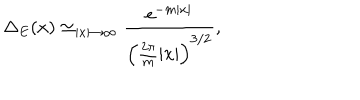
LaTeX: \Delta _ { E } ( x ) \simeq _ { | x | \rightarrow \infty } \frac { \mathrm { e } ^ { - m | x | } } { \left( \frac { 2 \pi } { m } | x | \right) ^ { 3 / 2 } } ,